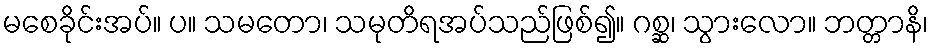
မစေခိုင်းအပ်။ ပ။ သမတော၊ သမုတိရအပ်သည်ဖြစ်၍။ ဂစ္ဆ၊ သွားလော။ ဘတ္တာနိ၊